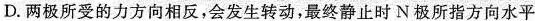
D.两极所受的力方向相反，会发生转动，最终静止时N极所指方向水平